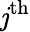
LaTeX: \mathit{j}^{\mathrm{{th}}}